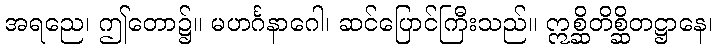
အရညေ၊ ဤတော၌။ မဟင်္ဂနာဂေါ၊ ဆင်ပြောင်ကြီးသည်။ ဣစ္ဆိတိစ္ဆိတဋ္ဌာနေ၊